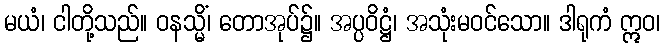
မယံ၊ ငါတို့သည်။ ဝနသ္မိံ၊ တောအုပ်၌။ အပ္ပဝိဋ္ဌံ၊ အသုံးမဝင်သော။ ဒါရုကံ ဣဝ၊